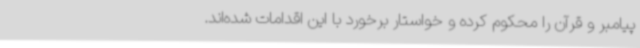
پیامبر و قرآن را محکوم کرده و خواستار برخورد با این اقدامات شده‌اند.